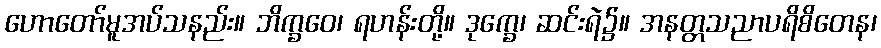
ဟောတော်မူအပ်သနည်း။ ဘိက္ခဝေ၊ ရဟန်းတို့။ ဒုက္ခေ၊ ဆင်းရဲ၌။ အနတ္တသညာပရိစိတေန၊